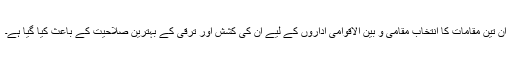
ان تین مقامات کا انتخاب مقامی و بین الاقوامی اداروں کے لیے ان کی کشش اور ترقی کے بہترین صلاحیت کے باعث کیا گیا ہے۔